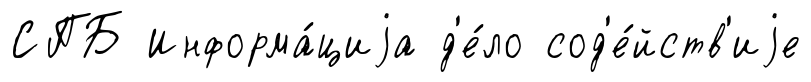
СПБ Информа́циjа д'е́ло сод'е́йств'иjе